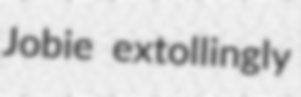
Jobie extollingly